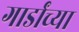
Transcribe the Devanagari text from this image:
गार्डांच्या